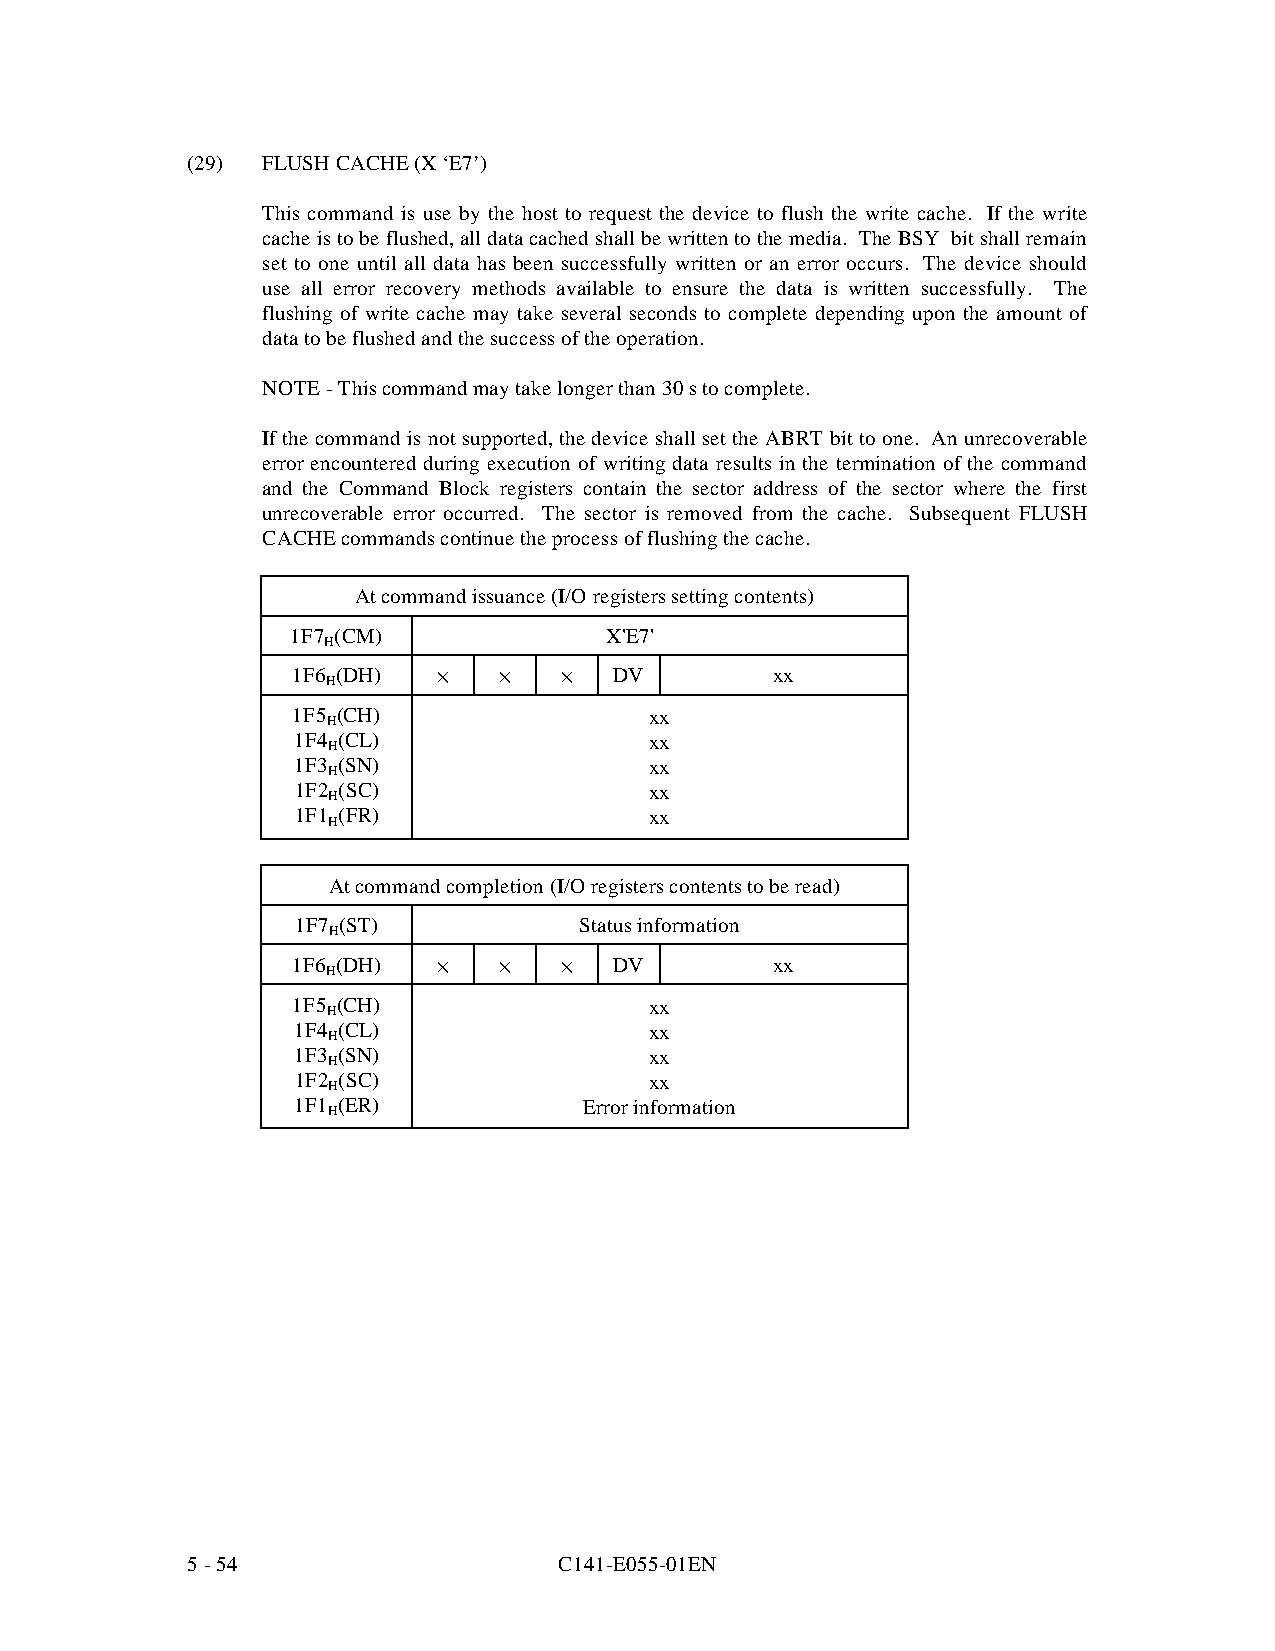
(29) FLUSH CACHE (X ‘E7’)
 This command is use by the host to request the device to flush the write cache. If the write
 cache is to be flushed, all data cached shall be written to the media. The BSY bit shall remain
 set to one until all data has been successfully written or an error occurs. The device should
 use all error recovery methods available to ensure the data is written successfully. The
 flushing of write cache may take several seconds to complete depending upon the amount of
 data to be flushed and the success of the operation.
 NOTE - This command may take longer than 30 s to complete.
 If the command is not supported, th e device shall set the ABRT bit to one. An unrecoverable
 error encountered during execution of writing data results in the termination of the command
 and the Command Block registers contain the sector address of the sector where the first
 unrecoverable error occurred. The sector is removed from the cache. Subsequent FLUSH
 CACHE commands continue the process of flushing the cache.
 At command issuance (I/O registers setting contents)
 1F7 (CM)             X'E7'
 H
 1F6 (DH)  ·   ·   ·   DV        xx
 H
 1F5 (CH)                xx
 H
 1F4 (CL)                xx
 H
 1F3 (SN)                xx
 H
 1F2 (SC)                xx
 H
 1F1 (FR)                xx
 H
 At command completion (I/O registers contents to be read)
 1F7 (ST)          Status information
 H
 1F6 (DH)  ·   ·   ·   DV        xx
 H
 1F5 (CH)                xx
 H
 1F4 (CL)                xx
 H
 1F3 (SN)                xx
 H
 1F2 (SC)                xx
 H
 1F1 (ER)            Error information
 H
 5 - 54                   C141-E055-01EN